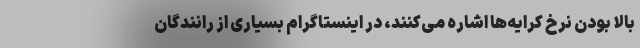
بالا بودن نرخ کرایه‌ها اشاره می‌کنند، در اینستاگرام بسیاری از رانندگان